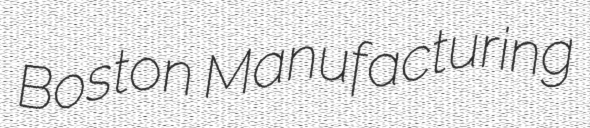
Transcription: Boston Manufacturing